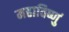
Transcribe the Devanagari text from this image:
महाविष्णुं